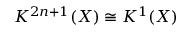
K ^ { 2 n + 1 } ( X ) \cong K ^ { 1 } ( X )